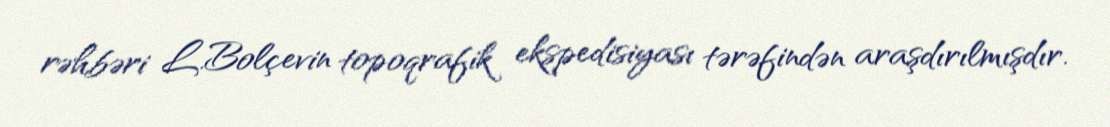
rəhbəri L.Bolçevin topoqrafik ekspedisiyası tərəfindən araşdırılmışdır.